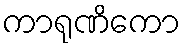
ကာရုဏိကော